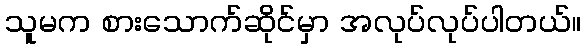
သူမက စားသောက်ဆိုင်မှာ အလုပ်လုပ်ပါတယ်။